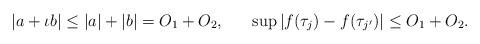
LaTeX: \begin{align*}|a+ \iota b| \leq |a| + |b| = O_1 + O_2,\;\;\;\;\;\;\sup \left| f(\tau_j) - f(\tau_{j'})\right| \leq O_1+O_2.\end{align*}